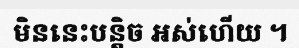
មិននេះបន្តិច អស់ហើយ ។